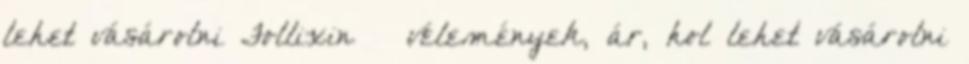
lehet vásárolni Follixin – vélemények, ár, hol lehet vásárolni